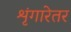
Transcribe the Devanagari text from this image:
शृंगारेतर